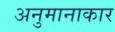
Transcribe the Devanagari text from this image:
अनुमानाकार